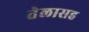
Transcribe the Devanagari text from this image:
तेलासह